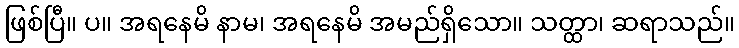
ဖြစ်ပြီ။ ပ။ အရနေမိ နာမ၊ အရနေမိ အမည်ရှိသော။ သတ္ထာ၊ ဆရာသည်။